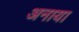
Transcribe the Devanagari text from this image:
अनाया